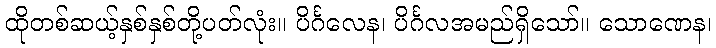
ထိုတစ်ဆယ့်နှစ်နှစ်တို့ပတ်လုံး။ ပိင်္ဂလေန၊ ပိင်္ဂလအမည်ရှိသော်။ သောဏေန၊